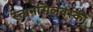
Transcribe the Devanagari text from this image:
स्तानसिलवस्की